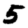
Digit: 5